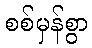
စစ်မှန်စွာ